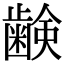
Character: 𮯈